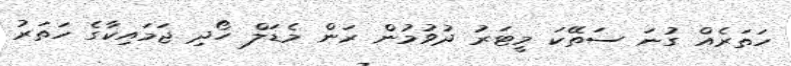
ހަތަރެއް ގުނަ ސަތޭކަ މީޓަރު ދުވުމުން ރަން މެޑަލް ހޯދި ޖަމައިކާގެ ހަތަރު